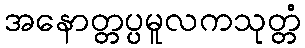
အနောတ္တပ္ပမူလကသုတ္တံ